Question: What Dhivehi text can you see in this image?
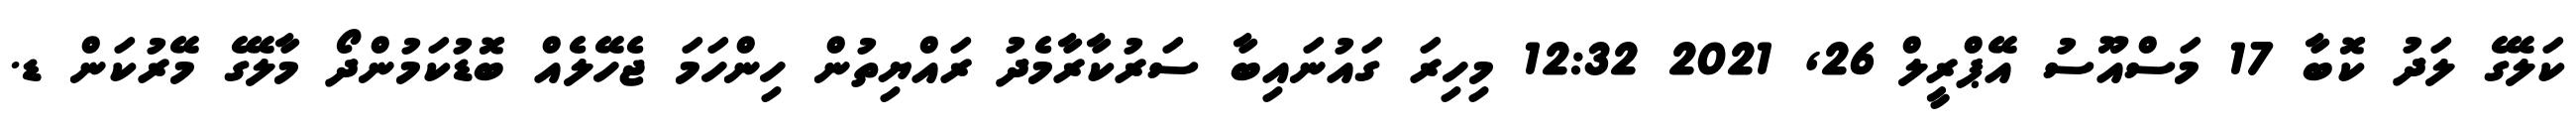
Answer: ކަލޭގެ ލަދު ކޮބާ 17 މަސްއޫސު އޭޕްރީލް 26, 2021 12:32 މިހިރަ ގައުނައިބާ ސަރުކާރާމެދު ރައްޔިތުން ހިންހަމަ ޖެހޭލެއް ބޮޑުކަމުންދޯ މާލޭގެ މޭރުކަން ޑ.